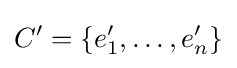
C'=\{e'_{1},\ldots ,e'_{n}\}